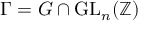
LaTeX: \Gamma = G \cap \mathrm { G L } _ { n } ( \mathbb { Z } )